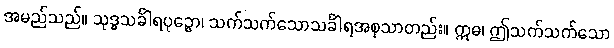
အမည်သည်။ သုဒ္ဓသင်္ခါရပုဉ္ဇော၊ သက်သက်သောသင်္ခါရအစုသာတည်း။ ဣဓ၊ ဤသက်သက်သော